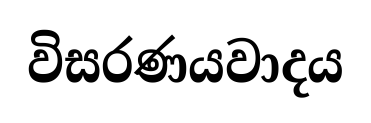
විසරණයවාදය